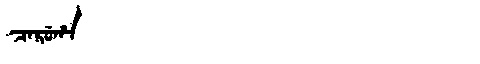
Manchu: ᠴᠠᡵᡠᡥᠠ
Romanization: CARUHA